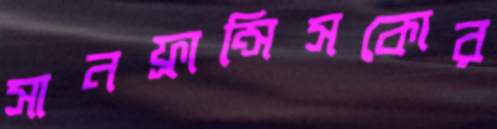
সানফ্রান্সিসকোর